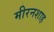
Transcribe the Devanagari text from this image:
मीरनशाह